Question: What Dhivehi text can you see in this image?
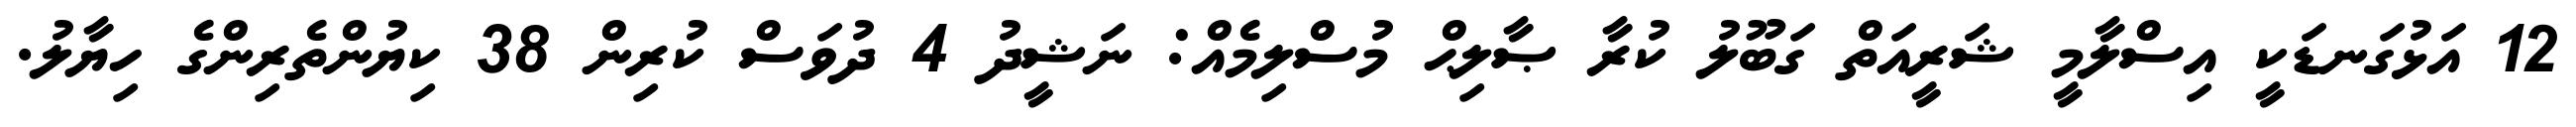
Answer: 12 އަޅުގަނޑަކީ އިސްލާމީ ޝަރީއަތް ގަބޫލު ކުރާ ޞާލިޙް މުސްލިމެއް: ނަޝީދު 4 ދުވަސް ކުރިން 38 ކިޔުންތެރިންގެ ހިޔާލު.